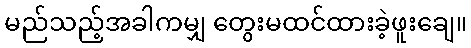
မည်သည့်အခါကမျှ တွေးမထင်ထားခဲ့ဖူးချေ။